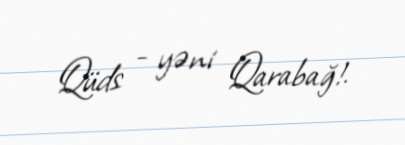
Qüds - yəni Qarabağ!.